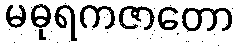
မဓုရကဇာတော